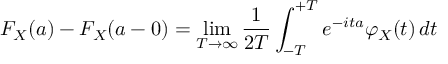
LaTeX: F _ { X } ( a ) - F _ { X } ( a - 0 ) = \operatorname* { l i m } _ { T \to \infty } { \frac { 1 } { 2 T } } \int _ { - T } ^ { + T } e ^ { - i t a } \varphi _ { X } ( t ) \, d t